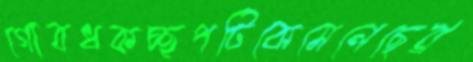
গোবধকচ্ছপটিকেমেলেছেব্র